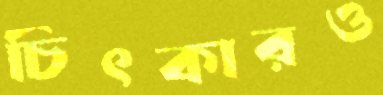
চিৎকারও